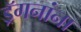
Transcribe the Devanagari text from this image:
ड्रॅगनांना